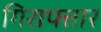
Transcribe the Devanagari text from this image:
गिराफ्तार